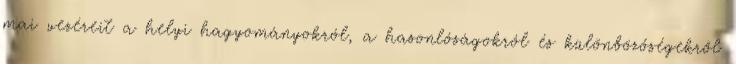
mai vezéreit a helyi hagyományokról, a hasonlóságokról és különbözőségekről